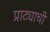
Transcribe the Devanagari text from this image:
प्राट्याची